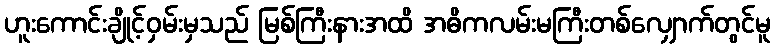
ဟူးကောင်းချိုင့်ဝှမ်းမှသည် မြစ်ကြီးနားအထိ အဓိကလမ်းမကြီးတစ်လျှောက်တွင်မူ